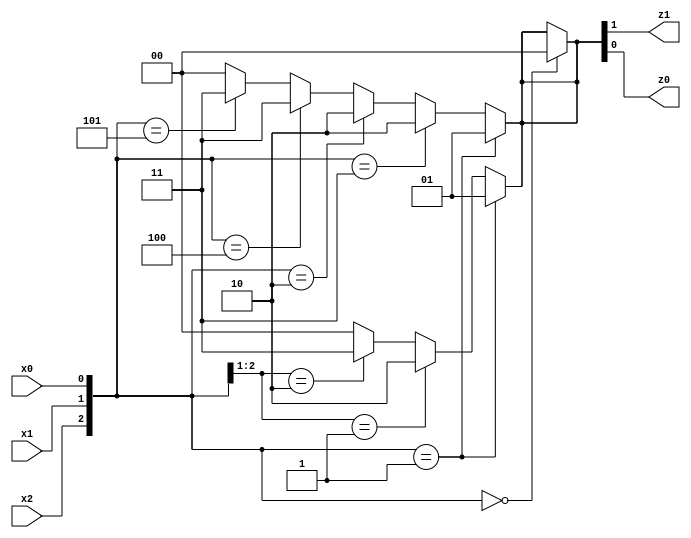
/**
 *          Consideriamo una rete combinatoria con la seguente tabella di
 *          verita':
 *          
 *          |------------------------|
 *          |    INPUT     |  OUTPUT |
 *          |------------------------|
 *          | x2 | x1 | x0 | z1 | z0 |
 *          |----|----|----|----|----|
 *          | 0  | 0  | 0  | 0  | 0  |
 *          | 0  | 0  | 1  | 0  | 1  |
 *          | 0  | 1  | 1  | 1  | 0  |
 *          | 0  | 1  | 0  | 1  | 0  |
 *          | 1  | 0  | 0  | 1  | 1  |
 *          | 1  | 0  | 1  | 1  | 1  |
 *          | 1  | 1  | 1  | 0  | 0  |
 *          | 1  | 1  | 0  | 0  | 0  |
 *          |------------------------|
 *
 *          Vediamo dapprima alcuni metodi per inserire il concetto di tabella
 *          di verita' nello schema di descrizione in liguaggio Verilog delle
 *          reti combinatorie.
 *
 *          Created on 22/04/2019.
 */

module Rete_Combinatoria(x2, x1, x0, z1, z0);
    input x2, x1, x0;
    output z1, z0;

    // Un primo metodo e' quello di fare un uso reiterato delle espressioni
    // condizionali nello statement assign, riportando di fatto all'interno di
    // esso la tabella di verita':
    assign #20 {z1, z0} = ({x2, x1, x0}=='B000)?'B00:
                          ({x2, x1, x0}=='B001)?'B01:
                          ({x2, x1, x0}=='B011)?'B10:
                          ({x2, x1, x0}=='B010)?'B10:
                          ({x2, x1, x0}=='B100)?'B11:
                          ({x2, x1, x0}=='B101)?'B11:
                          ({x2, x1, x0}=='B111)?'B00:
                          ({x2, x1, x0}=='B110)?'B00:
                                                'B00;

    // Si puo' anche dare una formalizzazione piu' compatta, ricorrendo
    // (implicitamente) al concetto di "in tutti gli altri casi" e riscrivendo
    // il precedente statement assign nella seguente forma:
    assign #20 {z1, z0} = ({x2, x1, x0}=='B001)?'B01:
                          ({x2, x1, x0}=='B011)?'B10:
                          ({x2, x1, x0}=='B010)?'B10:
                          ({x2, x1, x0}=='B100)?'B11:
                          ({x2, x1, x0}=='B101)?'B11:
                          /*default*/           'B00;

    // Volendo compattare ulteriormente, si puo' ricorrere al concetto di
    // "quale che sia il valore di una variabile di ingresso" e si puo'
    // scrivere il precedente statement assign nella forma
    assign #20 {z1, z0} = ({x2, x1, x0}=='B001)?'B01:
                          ({x2, x1    }=='B01 )?'B10:
                          ({x2, x1    }=='B10 )?'B11:
                          /*default*/           'B00;
endmodule